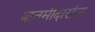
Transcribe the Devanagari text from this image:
बातमीदारांना